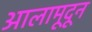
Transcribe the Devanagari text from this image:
आलामूदून